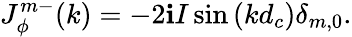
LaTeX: J_{\phi}^{m-}(k)=-2\mathbf{i}I\sin\left(kd_{c}\right)\delta_{m,0}.